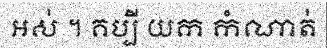
អស់ ។ គប្បី យក កំណាត់